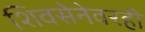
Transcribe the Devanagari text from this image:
शिवसेनेवरही